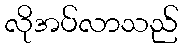
လိုအပ်လာသည်